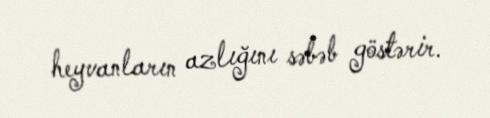
heyvanların azlığını səbəb göstərir.